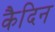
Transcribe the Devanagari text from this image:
कैदिन